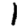
Digit: 1